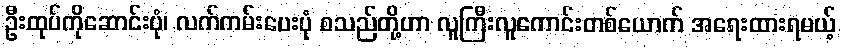
ဦးထုပ်ကိုဆောင်းပုံ၊ လက်ကမ်းပေးပုံ စသည်တို့ဟာ လူကြီးလူကောင်းတစ်ယောက် အရေးထားရမယ့်